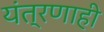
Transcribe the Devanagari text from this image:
यंत्रणाही